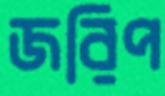
জরিপ